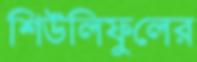
শিউলিফুলের